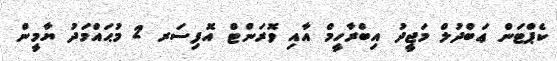
ކެޕްޓަން ޢަބްދުލް މަޖީދު އިބްރާހީމް އާއި ވޮރަންޓް އޮފިސަރ 2 މުޙައްމަދު ޔާމީން